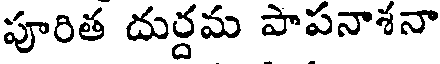
పూరిత దుర్దమ పాపనాశనా